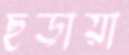
ছড়ায়া